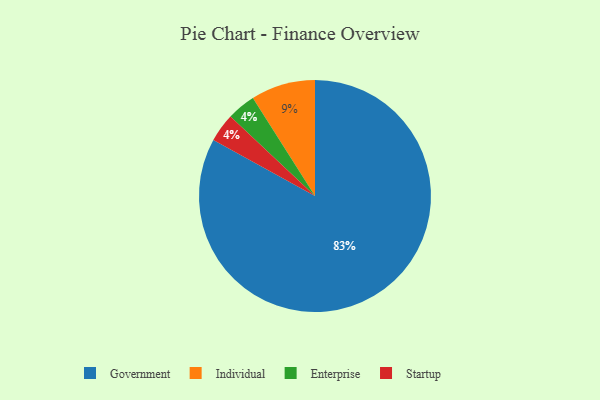
{"axis": {"x": "Category", "y": "Percentage"}, "legend": ["Enterprise", "Government", "Individual", "Startup"], "data": [{"x": "Government", "y": 83, "type": "Government"}, {"x": "Enterprise", "y": 4, "type": "Enterprise"}, {"x": "Startup", "y": 4, "type": "Startup"}, {"x": "Individual", "y": 9, "type": "Individual"}]}